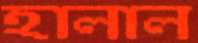
হালাল